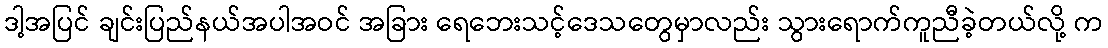
ဒါ့အပြင် ချင်းပြည်နယ်အပါအဝင် အခြား ရေဘေးသင့်ဒေသတွေမှာလည်း သွားရောက်ကူညီခဲ့တယ်လို့ က